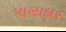
પાસાદાર